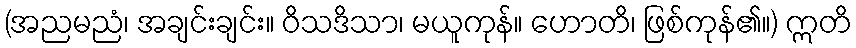
(အညမညံ၊ အချင်းချင်း။ ဝိသဒိသာ၊ မယူကုန်။ ဟောတိ၊ ဖြစ်ကုန်၏။) ဣတိ